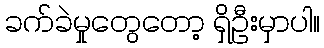
ခက်ခဲမှုတွေတော့ ရှိဦးမှာပါ။